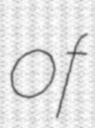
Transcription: of